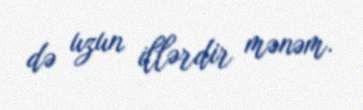
də uzun illərdir mənəm.